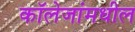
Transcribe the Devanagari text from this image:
कॉलेजांमधील